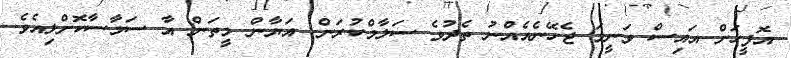
އޮފީހަށް އައިސް ވަނީމަ ޖެހޭނެއެއްނު ތެދުވެ ސަލާމްކުރަން. އަޔާން މީތަން އާ ސަމާސާކޮށްލިއެވެ.